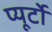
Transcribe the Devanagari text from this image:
प्‍यूर्टो